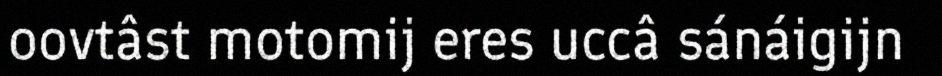
oovtâst motomij eres uccâ sánáigijn